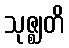
သုဇ္ဈတိ